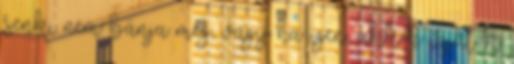
senki nem bánja meg, vagy ha igen, akkor írjátok